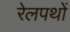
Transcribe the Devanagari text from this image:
रेलपथों